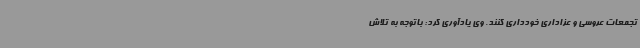
تجمعات عروسی و عزاداری خودداری کنند. وی یادآوری کرد: باتوجه به تلاش